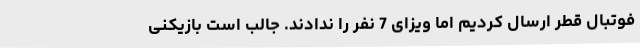
فوتبال قطر ارسال کردیم اما ویزای 7 نفر را ندادند. جالب است بازیکنی